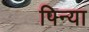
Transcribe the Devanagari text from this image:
पिन्या